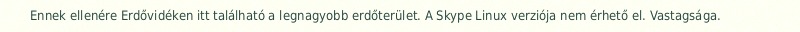
Ennek ellenére Erdővidéken itt található a legnagyobb erdőterület. A Skype Linux verziója nem érhető el. Vastagsága.